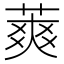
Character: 䔪